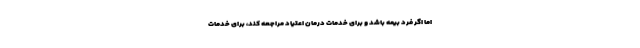
اما اگر فرد بیمه باشد و برای خدمات درمان اعتیاد مراجعه کند، برای خدمات